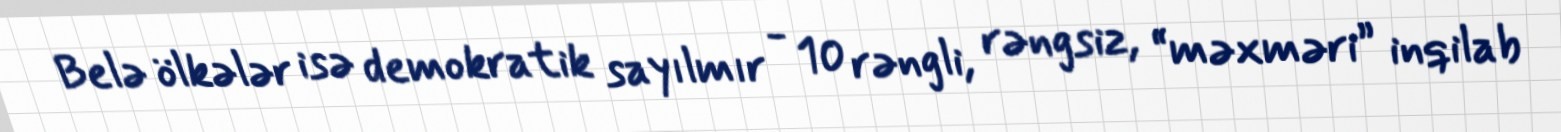
Belə ölkələr isə demokratik sayılmır - 10 rəngli, rəngsiz, “məxməri” inqilab